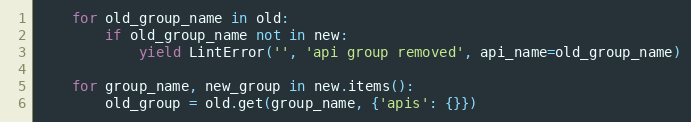
Language: Python
    for old_group_name in old:
        if old_group_name not in new:
            yield LintError('', 'api group removed', api_name=old_group_name)

    for group_name, new_group in new.items():
        old_group = old.get(group_name, {'apis': {}})